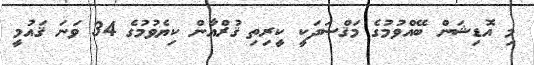
މި އޮޑިޝަން ބޭއްވުމުގެ މަޤްޞަދަކީ ކީރިތި ޤުރްއާން ކިޔެވުމުގެ 34 ވަނަ ޤައުމީ